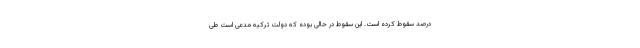
درصد سقوط کرده است. این سقوط در حالی بوده که دولت ترکیه مدعی است طی